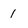
Character: 1